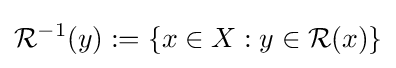
{\mathcal {R}}^{-1}(y):=\left\{x\in X:y\in {\mathcal {R}}(x)\right\}